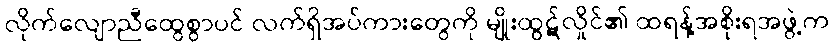
လိုက်လျောညီထွေစွာပင် လက်ရှိအပ်ကားတွေကို မျိုးထွဋ်လှိုင်၏ ထရန့်အစိုးရအဖွဲ့က